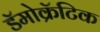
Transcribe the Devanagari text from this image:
डॅमोक्रॅटिक